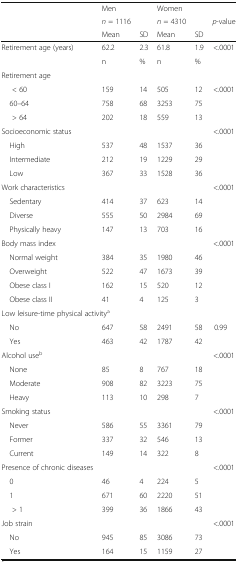
<table><thead><tr><td rowspan="3"></td><td><b>Men</b></td><td></td><td><b>Women</b></td><td></td><td></td></tr><tr><td><b><i>n</i> = 1116</b></td><td></td><td><b><i>n</i> = 4310</b></td><td></td><td><b><i>p</i>-value</b></td></tr><tr><td><b>Mean</b></td><td><b>SD</b></td><td><b>Mean</b></td><td><b>SD</b></td><td></td></tr></thead><tbody><tr><td>Retirement age (years)</td><td>62.2</td><td>2.3</td><td>61.8</td><td>1.9</td><td>&lt;.0001</td></tr><tr><td></td><td>n</td><td>%</td><td>n</td><td>%</td><td></td></tr><tr><td colspan="6">Retirement age</td></tr><tr><td>&lt; 60</td><td>159</td><td>14</td><td>505</td><td>12</td><td>&lt;.0001</td></tr><tr><td> 60–64</td><td>758</td><td>68</td><td>3253</td><td>75</td><td></td></tr><tr><td>&gt; 64</td><td>202</td><td>18</td><td>559</td><td>13</td><td></td></tr><tr><td>Socioeconomic status</td><td></td><td></td><td></td><td></td><td>&lt;.0001</td></tr><tr><td> High</td><td>537</td><td>48</td><td>1537</td><td>36</td><td></td></tr><tr><td> Intermediate</td><td>212</td><td>19</td><td>1229</td><td>29</td><td></td></tr><tr><td> Low</td><td>367</td><td>33</td><td>1528</td><td>36</td><td></td></tr><tr><td>Work characteristics</td><td></td><td></td><td></td><td></td><td>&lt;.0001</td></tr><tr><td> Sedentary</td><td>414</td><td>37</td><td>623</td><td>14</td><td></td></tr><tr><td> Diverse</td><td>555</td><td>50</td><td>2984</td><td>69</td><td></td></tr><tr><td> Physically heavy</td><td>147</td><td>13</td><td>703</td><td>16</td><td></td></tr><tr><td>Body mass index</td><td></td><td></td><td></td><td></td><td>&lt;.0001</td></tr><tr><td> Normal weight</td><td>384</td><td>35</td><td>1980</td><td>46</td><td></td></tr><tr><td> Overweight</td><td>522</td><td>47</td><td>1673</td><td>39</td><td></td></tr><tr><td> Obese class I</td><td>162</td><td>15</td><td>520</td><td>12</td><td></td></tr><tr><td> Obese class II</td><td>41</td><td>4</td><td>125</td><td>3</td><td></td></tr><tr><td colspan="6">Low leisure-time physical activity<sup>a</sup></td></tr><tr><td> No</td><td>647</td><td>58</td><td>2491</td><td>58</td><td>0.99</td></tr><tr><td> Yes</td><td>463</td><td>42</td><td>1787</td><td>42</td><td></td></tr><tr><td>Alcohol use<sup>b</sup></td><td></td><td></td><td></td><td></td><td>&lt;.0001</td></tr><tr><td> None</td><td>85</td><td>8</td><td>767</td><td>18</td><td></td></tr><tr><td> Moderate</td><td>908</td><td>82</td><td>3223</td><td>75</td><td></td></tr><tr><td> Heavy</td><td>113</td><td>10</td><td>298</td><td>7</td><td></td></tr><tr><td>Smoking status</td><td></td><td></td><td></td><td></td><td>&lt;.0001</td></tr><tr><td> Never</td><td>586</td><td>55</td><td>3361</td><td>79</td><td></td></tr><tr><td> Former</td><td>337</td><td>32</td><td>546</td><td>13</td><td></td></tr><tr><td> Current</td><td>149</td><td>14</td><td>322</td><td>8</td><td></td></tr><tr><td>Presence of chronic diseases</td><td></td><td></td><td></td><td></td><td>&lt;.0001</td></tr><tr><td> 0</td><td>46</td><td>4</td><td>224</td><td>5</td><td></td></tr><tr><td> 1</td><td>671</td><td>60</td><td>2220</td><td>51</td><td></td></tr><tr><td>&gt; 1</td><td>399</td><td>36</td><td>1866</td><td>43</td><td></td></tr><tr><td>Job strain</td><td></td><td></td><td></td><td></td><td>&lt;.0001</td></tr><tr><td> No</td><td>945</td><td>85</td><td>3086</td><td>73</td><td></td></tr><tr><td> Yes</td><td>164</td><td>15</td><td>1159</td><td>27</td><td></td></tr></tbody></table>